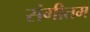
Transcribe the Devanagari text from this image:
संगीतम